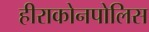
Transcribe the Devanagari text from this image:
हीराकोनपोलिस